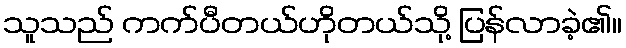
သူသည် ကက်ပီတယ်ဟိုတယ်သို့ ပြန်လာခဲ့၏။